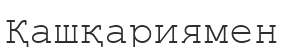
Қашқариямен